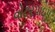
વોટરપાઇપ